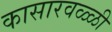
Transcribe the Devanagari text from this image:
कासारवळ्ळी